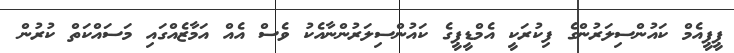
ޕީޕީއެމް ކައުންސިލަރުންގެ ފިކުރަކީ އެމްޑީޕީގެ ކައުންސިލަރުންނާއެކު ވެސް އެއް އަމާޒެއްގައި މަސައްކަތް ކުރުން